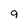
Character: 9